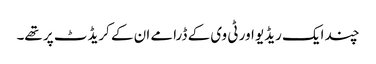
چند ایک ریڈیو اور ٹی وی کے ڈرامے ان کے کریڈٹ پر تھے۔